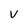
Character: V